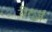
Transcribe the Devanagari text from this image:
रीटर्ज़